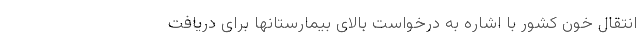
انتقال خون کشور با اشاره به درخواست بالای بیمارستانها برای دریافت